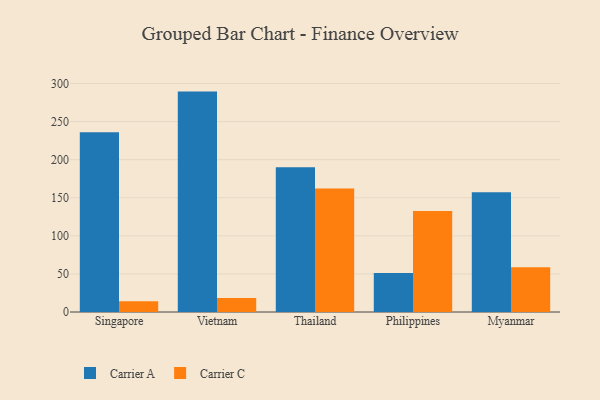
{"axis": {"x": "Country", "y": "Headcount"}, "legend": ["Carrier A", "Carrier C"], "data": [{"x": "Singapore", "y": 236.0, "type": "Carrier A"}, {"x": "Singapore", "y": 14.1, "type": "Carrier C"}, {"x": "Vietnam", "y": 289.4, "type": "Carrier A"}, {"x": "Vietnam", "y": 18.5, "type": "Carrier C"}, {"x": "Thailand", "y": 190.2, "type": "Carrier A"}, {"x": "Thailand", "y": 162.3, "type": "Carrier C"}, {"x": "Philippines", "y": 51.1, "type": "Carrier A"}, {"x": "Philippines", "y": 132.6, "type": "Carrier C"}, {"x": "Myanmar", "y": 157.1, "type": "Carrier A"}, {"x": "Myanmar", "y": 58.7, "type": "Carrier C"}]}